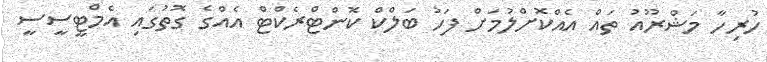
ހުރިހާ މަޝްރޫއު ތައް އެއްކޮށްލުމަށް ފަހު ބަލްކް ކޮންޓްރެކްޓް އެެއްގެ ގޮތުގައި އެމްޓީސީސީ